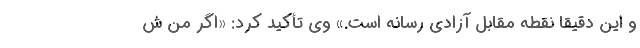
و این دقیقاً نقطه مقابل آزادی رسانه است.» وی تأکید کرد: «اگر من ش